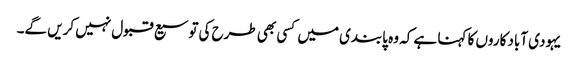
یہودی آباد کاروں کا کہنا ہے کہ وہ پابندی میں کسی بھی طرح کی توسیع قبول نہیں کریں گے۔